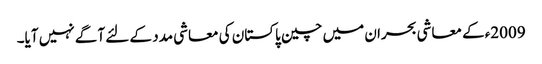
2009ءکے معاشی بحران میں چین پاکستان کی معاشی مدد کے لئے آگے نہیں آیا۔